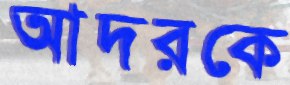
আদরকে